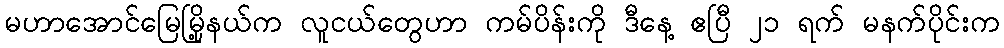
မဟာအောင်မြေမြို့နယ်က လူငယ်တွေဟာ ကမ်ပိန်းကို ဒီနေ့ ဧပြီ ၂၁ ရက် မနက်ပိုင်းက